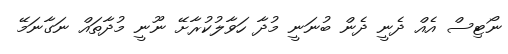
ނޯޓިސް އެއް ދެނީ ދެން ބުނަނީ މުދާ ހަވާލުކުރާށޭ ނޫނީ މުދާތައް ނަގާނަމޭ